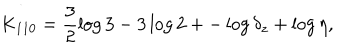
LaTeX: K _ { 1 1 0 } = \frac 3 2 \log 3 - 3 \log 2 + - \log \delta _ { z } + \log \eta ,